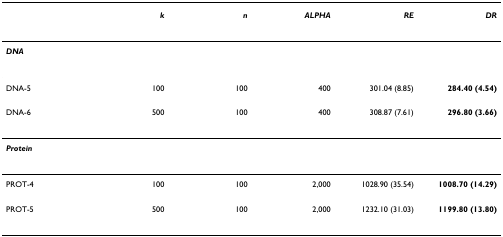
|  | k | n | ALPHA | RE | DR |
 | --- | --- | --- | --- | --- | --- |
 | <COLSPAN=6> DNA |
 | DNA-5 | 100 | 100 | 400 | 301.04 (8.85) | 284.40 (4.54) |
 | DNA-6 | 500 | 100 | 400 | 308.87 (7.61) | 296.80 (3.66) |
 | <COLSPAN=6> Protein |
 | PROT-4 | 100 | 100 | 2,000 | 1028.90 (35.54) | 1008.70 (14.29) |
 | PROT-5 | 500 | 100 | 2,000 | 1232.10 (31.03) | 1199.80 (13.80) |